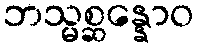
ဘသ္မစ္ဆန္နောဝ